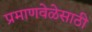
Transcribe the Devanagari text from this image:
प्रमाणवेळेसाठी